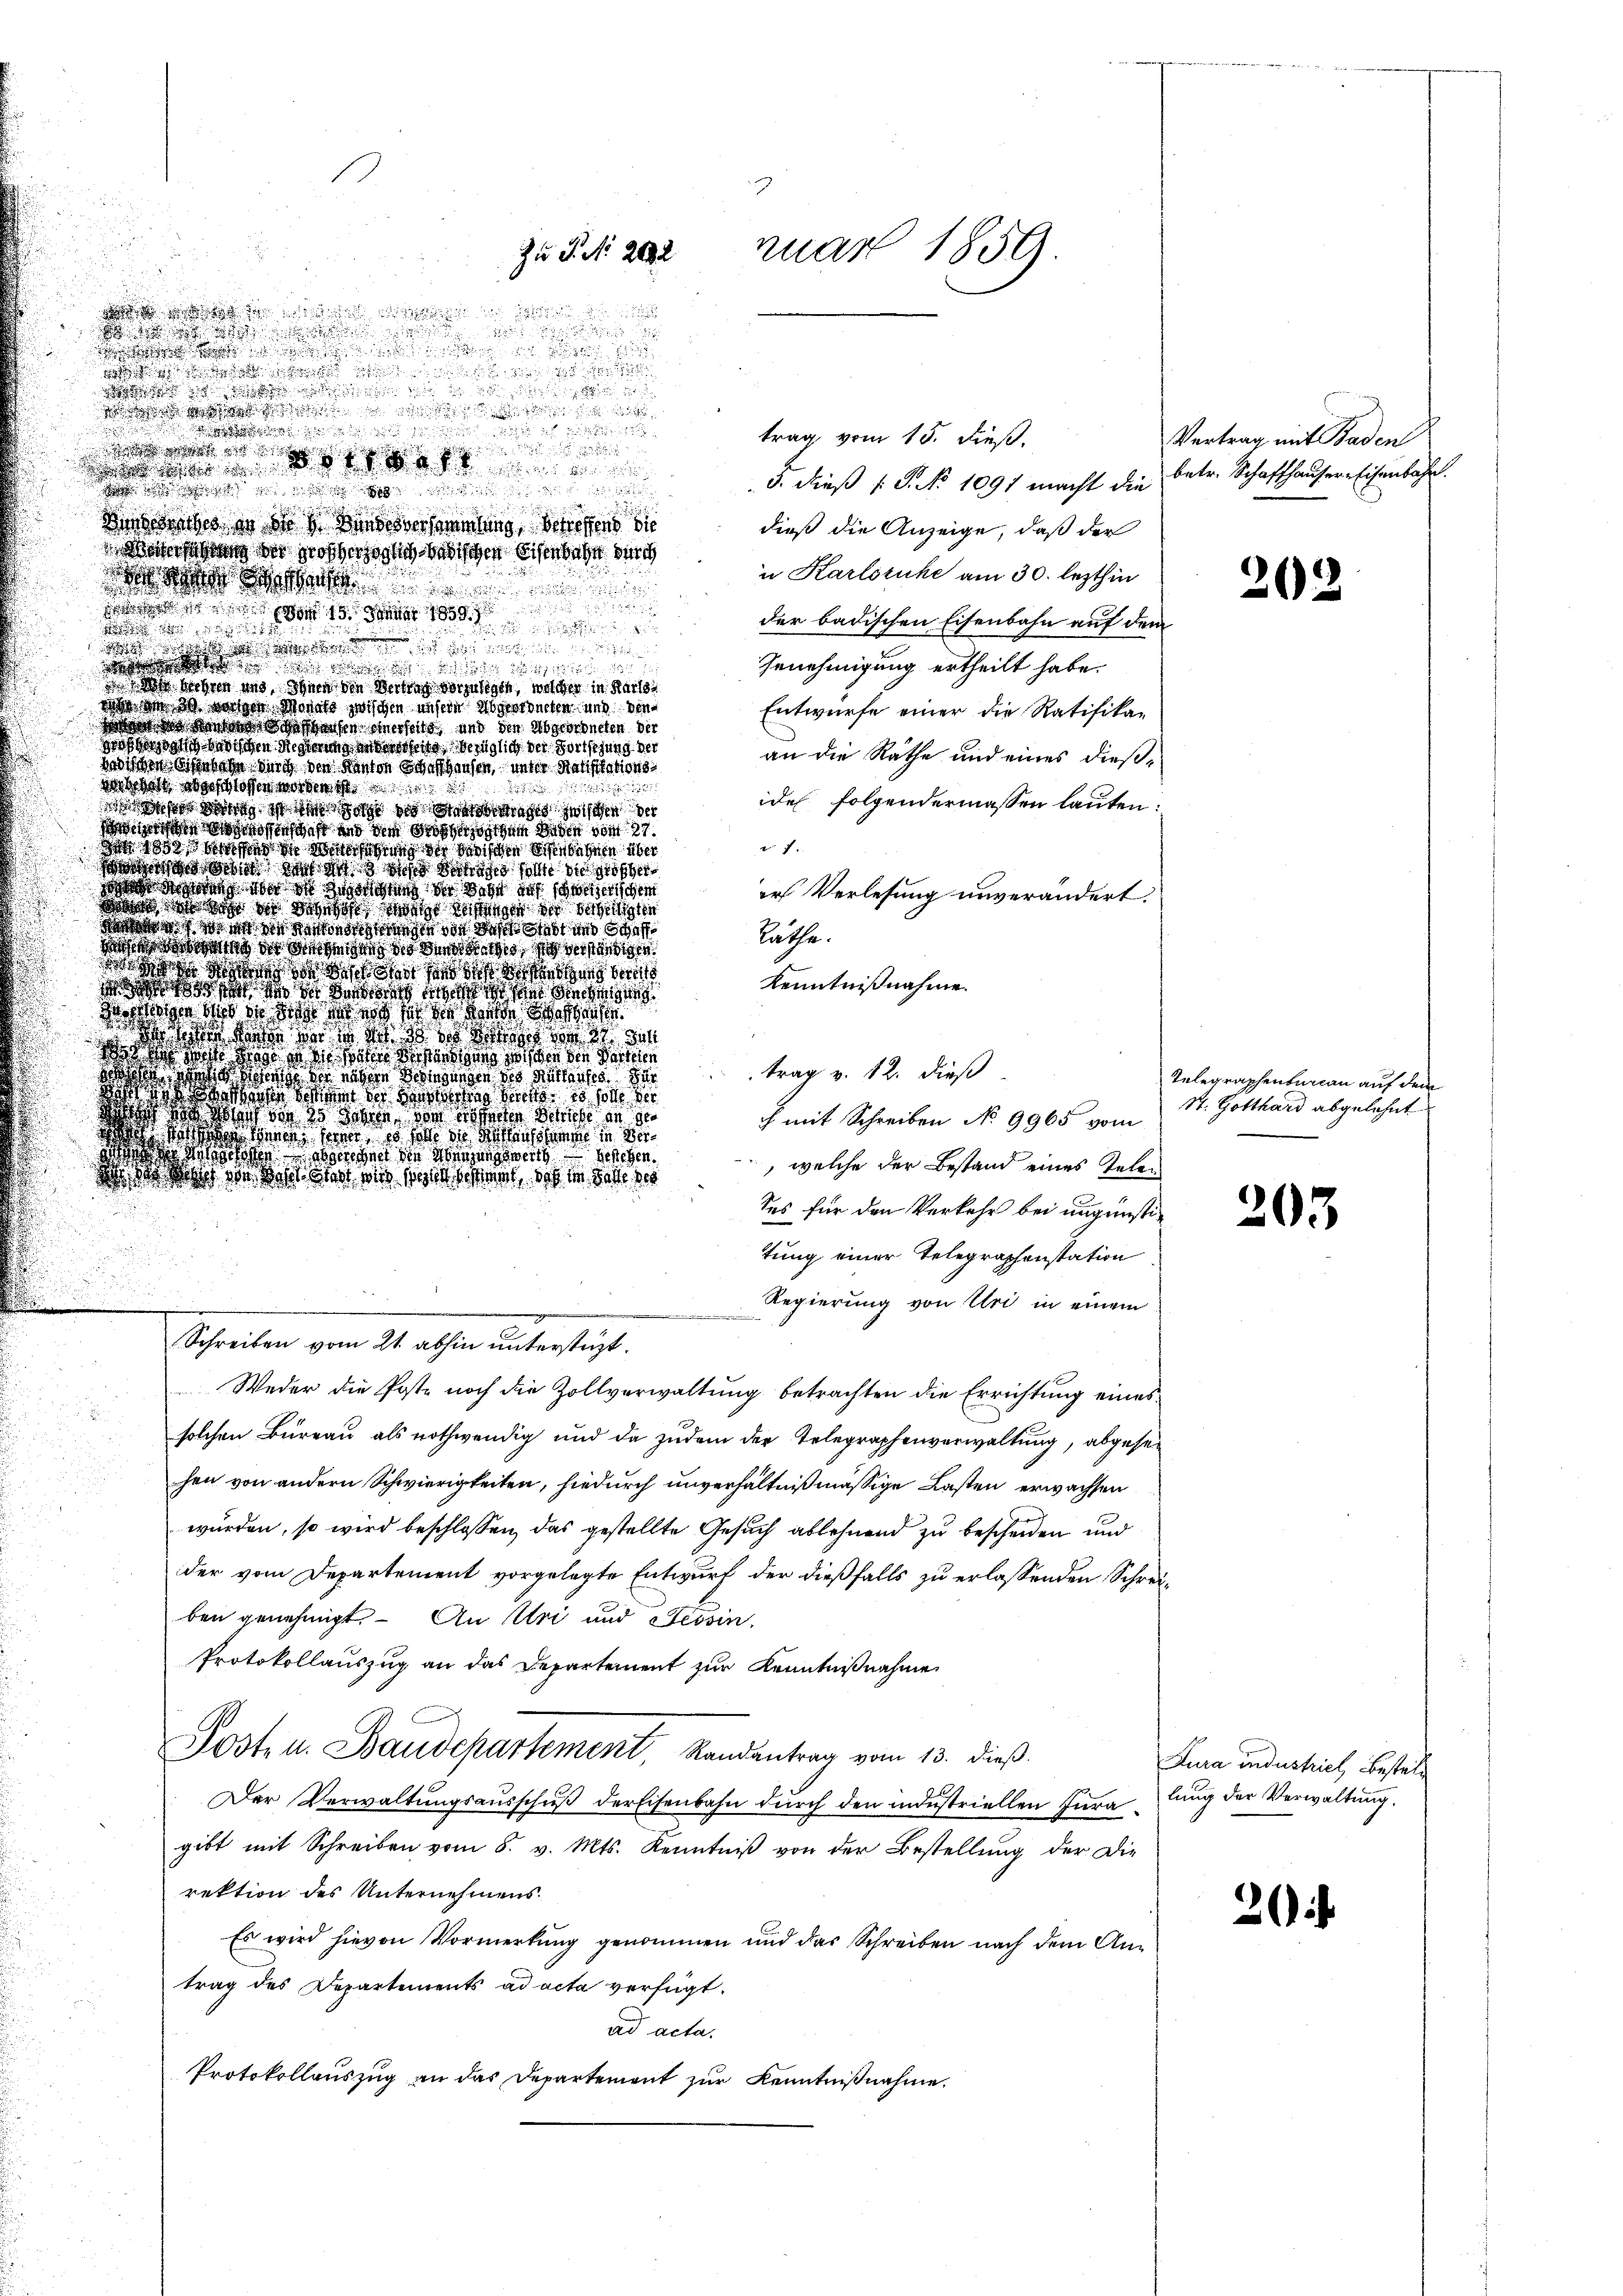
a

da sie
 d
!

edigte sie

trag vom 15. dieß.

Brenn
3. dieß P. Nr. 1091 macht die betr. Schaffhauser Eisenbahn.

Dies siches in des Bindsversammlung betreffend die
dieß die Anzeige, daß der
Mansehung der großer höflich badischen Eisenbahn durch
u Karlsruhe am 30. lezthin
a
tott 15. Mai 1891
der badischen Eisenbahn auf dem

 wie er an die
Genehmigung ertheilt habe.
o
 beehren und Ihnen den Vertrag vorzulegte, welcher in Karlsde in 20 vorgen Monats zwischen unsere Abgeordneten und den
Entwurfe einer die Ratifika¬
Wird des Werden deshausen einerseits und den Abgeordneten der
gesich badischen Messerung in derfene bezüglich der Fortsehung der
an die Rathe und eines dießwichen diese habe durch den Kanton Schaffhausen, unter Ratifikationsda sah doch stoffen worden ist

idel folgendermassen lauten.
isse das ist in solche des Sandbetrages zwischen der
senschaft und dem Großherzogthum Baden vom 27.
 7.
 135 ist in wischen Erbenen über
n a desst, da ich es den soll in grösser
zeshof und ich ist gesuchung in Bahn auf schweizerischen
irs Verlesung unverändert.
dos sicht es daher das wicht behagen der beseitigten
 o sich die nicht worden von des Gut und Schaff
Räthe.
haus die der Ansuchten so besitzes sich verständiger
os  ich die den sie ich sei
Kenntnißnahme.
doger daß da das an de
ohte und in Geist die es sie die Kreiße des des
 die Wer in in de so das des vom 31 de
  d   der Peten werden worden den Seiten
trag v. 12. dieß
S. Wassens der sehen Wiegungen des Anstanten
dsache dann des Worten den 10 soll der
Wo hat sich die 30 Jahren, von Hofschen Schule in de
ch mit Schreiben No 9965 vom
woch deße seine sein, so soll de denschen in de
de Malgesehen Gerechnet der Aberungsweis gesehen.
 welche der Bestand eines Telen
 die in die Wort dit wir solchem doch in solle des
Ses für den Verkehr bei ungünstitung einer Telegraphenstation
Regierung von Uri in einem
s
Schreiben vom 21. abhin unterstüzt.
Weder die Poste noch die Zollverwaltung betrachten die Errichtung eines

solchen Büreau als nothwendig und da zudem der Telegraphenverwaltung, abgese¬

hen von andern Schwierigkeiten, hiedurch unverhältnißmässige Lasten erwachsen
wurden, so wird beschlossen, das gestellte Gesuch ablehnend zu bescheiden und
der vom Departement vorgelegte Entwurf der dießfalls zu erlassenden Schreiben genehmigt. – An Uri und Tessin,
Protokollauszug an das Departement zur Kenntnißnahme
Poste u. Baudepartement, Randantrag vom 13. dieβ.
Der Verwaltungsausschuß der Eisenbahn durch den indestriellen Iuragibt mit Schreiben vom 8. v. Mts. Kenntniß von der Bestellung der Die
rektion des Unternehmens.
Es wird hievon Vormerkung genommen und das Schreiben nach dem Antrag des Departements ad acta verfügt:
ad acta.
Protokollauszug an das Departement zur Kenntnißnahme.

nuar 1859
Zu P. Nr. 2082

Vertrag mit Baden

202.

Telegraphenbureau auf dem
St. Gotthard abgelehnt

203

Fura industrich, Bestellung der Verwaltung.

20